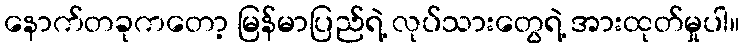
နောက်တခုကတော့ မြန်မာပြည်ရဲ့ လုပ်သားတွေရဲ့ အားထုတ်မှုပါ။